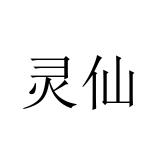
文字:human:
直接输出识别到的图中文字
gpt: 灵仙